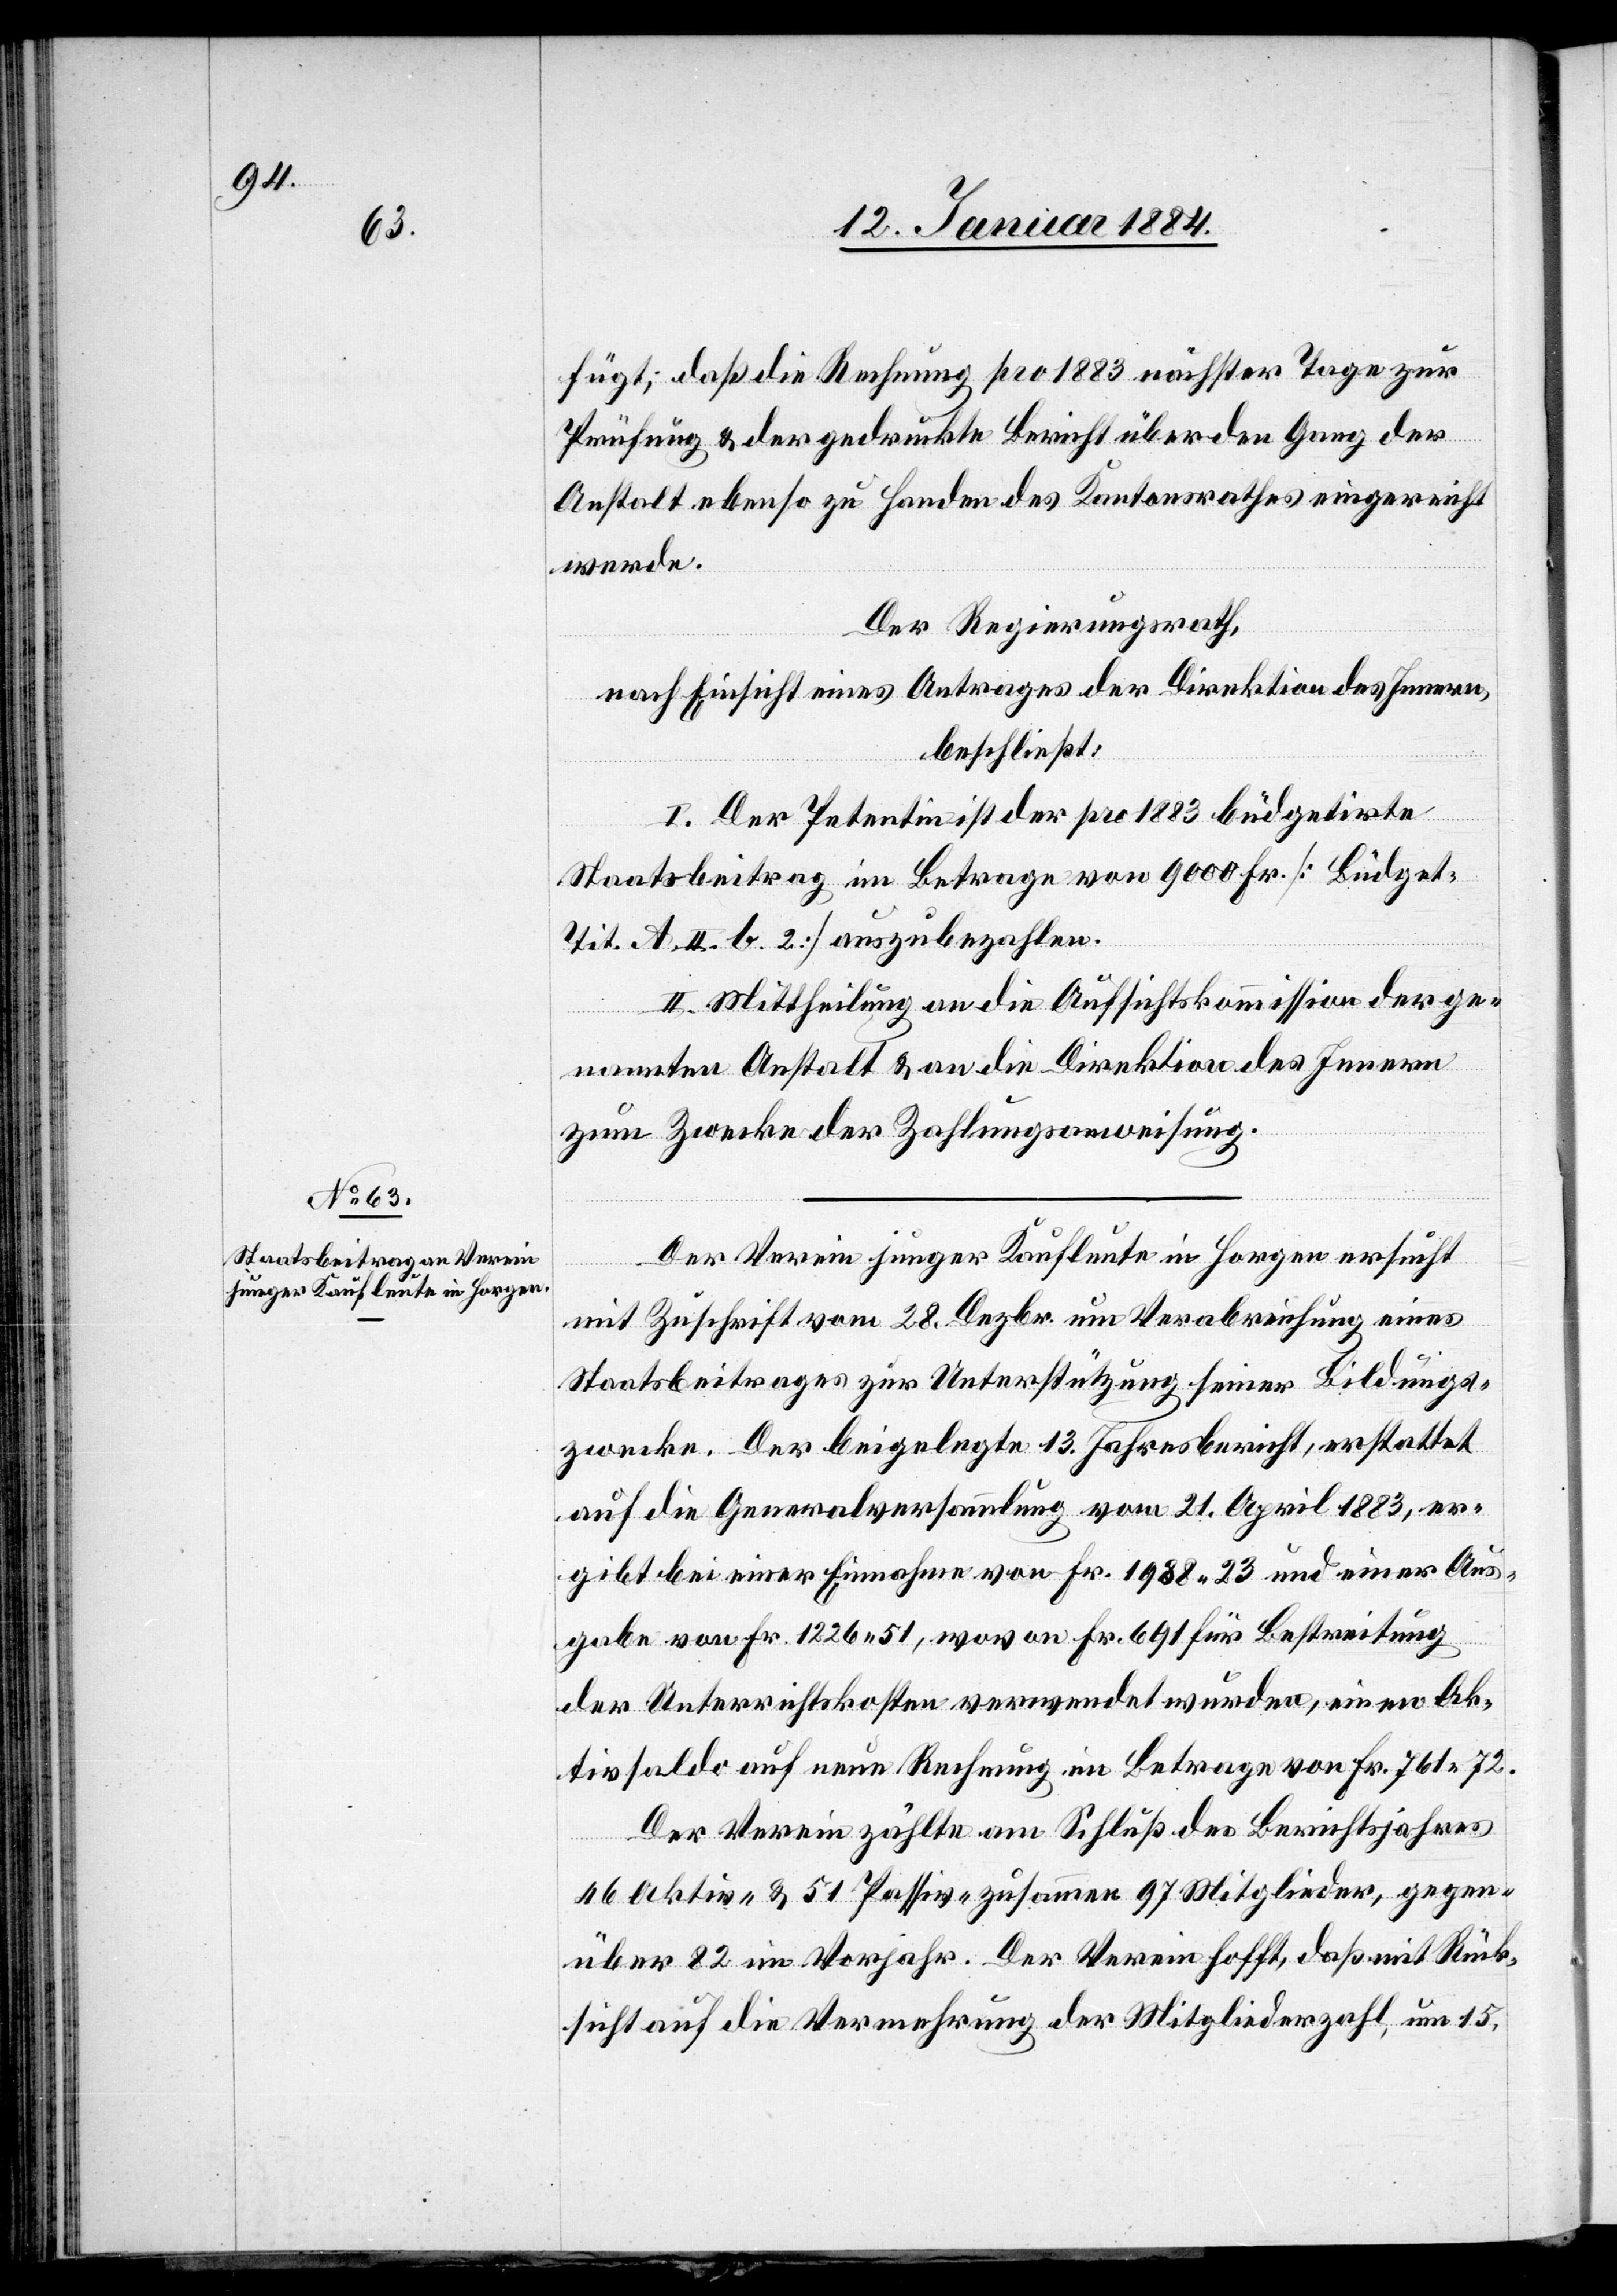
fügt, daß die Rechnung pro 1883 nächster Tage zur
Prüfung & der gedruckte Bericht über den Gang der
Anstalt ebenso zu Handen des Kantonsrathes eingereicht
werde.
Der Regierungsrath,
nach Einsicht eines Antrages der Direktion des Innern,
beschließt:
I. Der Petentin ist der pro 1883 büdgetirte
Staatsbeitrag im Betrage von 9000 Fr. [Büdget-T¬
it. A. II. b. 2] auszubezahlen.
II. Mittheilung an die Aufsichtskommission der ge¬
nannten Anstalt & an die Direktion des Innern
zum Zwecke der Zahlungsanweisung.
Der Verein junger Kaufleute in Horgen ersucht
mit Zuschrift vom 28. Dezbr. um Verabreichung eines
Staatsbeitrages zur Unterstützung seiner Bildungs¬
zwecke. Der beigelegte 13. Jahresbericht, erstattet
auf die Generalversammlung vom 21. April 1883, er¬
gibt bei einer Einnahme von Fr. 1988 23 und einer Aus¬
gabe von Fr. 1226 51, wovon Fr. 691 für Bestreitung
der Unterrichtskosten verwendet wurden, einen Ak¬
tivsaldo auf neue Rechnung im Betrag von Fr. 761 72.
Der Verein zählte am Schluß des Berichtsjahres
46 Aktive- & 51 Passive- zusammen 97 Mitglieder, gegen¬
über 82 im Vorjahr. Der Verein hofft, daß mit Rück¬
sicht auf die Vermehrung der Mitgliederzahl um 15,